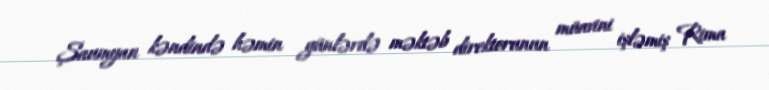
Şaumyan kəndində həmin günlərdə məktəb direktorunun müavini işləmiş Rima